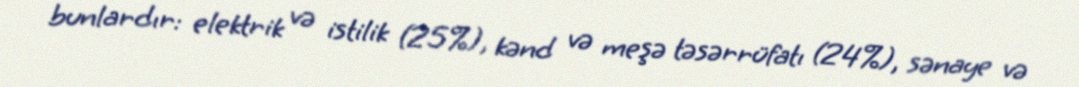
bunlardır: elektrik və istilik (25%), kənd və meşə təsərrüfatı (24%), sənaye və